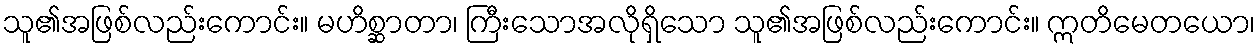
သူ၏အဖြစ်လည်းကောင်း။ မဟိစ္ဆာတာ၊ ကြီးသောအလိုရှိသော သူ၏အဖြစ်လည်းကောင်း။ ဣတိမေတယော၊